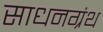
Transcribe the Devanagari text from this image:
साधनग्रंथ